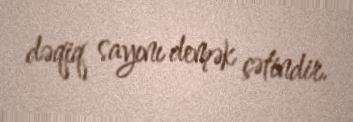
dəqiq sayını demək çətindir.